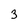
Character: 3